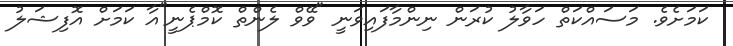
ކަމަށެވެ. މަސައްކަތް ހަވާލު ކުރަން ނިންމާފައިވަނީ "ވޭވް ލެންތް ކޮމްޕެނީ"އާ ކަމަށް އޮފިޝަލު